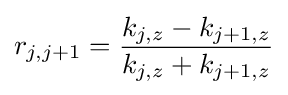
r_{j,j+1}={\frac {k_{j,z}-k_{j+1,z}}{k_{j,z}+k_{j+1,z}}}